Civil Veterinary Department Bengal reports 1923-33 - 1923-1933
Year: 1923
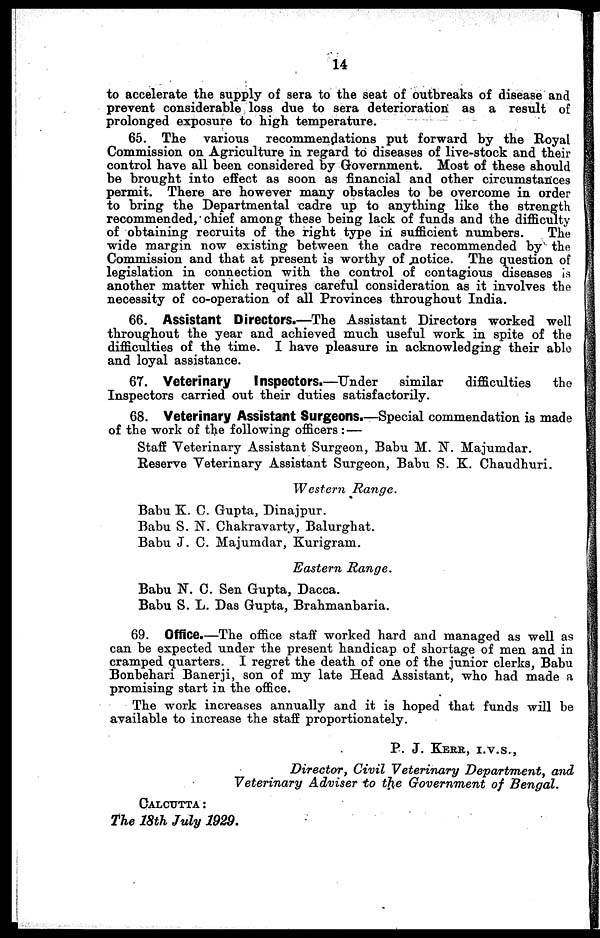
14
to accelerate the supply of sera to the seat of outbreaks of disease and
prevent considerable loss due to sera deterioration as a result of
prolonged exposure to high temperature.
65. The various recommendations put forward by the Royal
Commission on Agriculture in regard to diseases of live-stock and their
control have all been considered by Government. Most of these should
be brought into effect as soon as financial and other circumstances
permit. There are however many obstacles to be overcome in order
to bring the Departmental cadre up to anything like the strength
recommended, chief among these being lack of funds and the difficulty
of obtaining recruits of the right type in sufficient numbers.
The
wide margin now existing between the cadre recommended by the
Commission and that at present is worthy of notice. The question of
legislation in connection with the control of contagious diseases is
another matter which requires careful consideration as it involves the
necessity of co-operation of all Provinces throughout India.
66. Assistant Directors.—The Assistant Directors worked well
throughout the year and achieved much useful work in spite of the
difficulties of the time. I have pleasure in acknowledging their able
and loyal assistance.
67. Veterinary Inspectors.—Under similar difficulties
the
Inspectors carried out their duties satisfactorily.
68. Veterinary Assistant Surgeons.—Special commendation is made
of the work of the following officers: —
Staff Veterinary Assistant Surgeon, Babu M. N. Majumdar.
Reserve Veterinary Assistant Surgeon, Babu S. K. Chaudhuri.
Western
Range.
Babu K. C. Gupta, Dinajpur.
Babu S. N. Chakravarty, Balurghat.
Babu J. C. Majumdar, Kurigram.
Eastern
Range.
Babu N. C. Sen Gupta, Dacca.
Babu S. L. Das Gupta, Brahmanbaria.
69. Office.—The office staff worked hard and managed as well as
can be expected under the present handicap of shortage of men and in
cramped quarters. I regret the death of one of the junior clerks, Babu
Bonbehari Banerji, son of my late Head Assistant, who had made a
promising start in the office.
The work increases annually and it is hoped that funds will be
available to increase the staff proportionately.
P. J. KERR,
I.V.S.,
Director, Civil Veterinary Department, and
Veterinary Adviser to the Government of Bengal.
CALCUTTA :
The 18th July 1929.